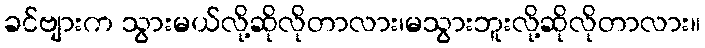
ခင်ဗျားက သွားမယ်လို့ဆိုလိုတာလား၊မသွားဘူးလို့ဆိုလိုတာလား။